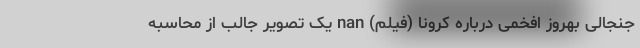
جنجالی بهروز افخمی درباره کرونا (فیلم) nan یک تصویر جالب از محاسبه